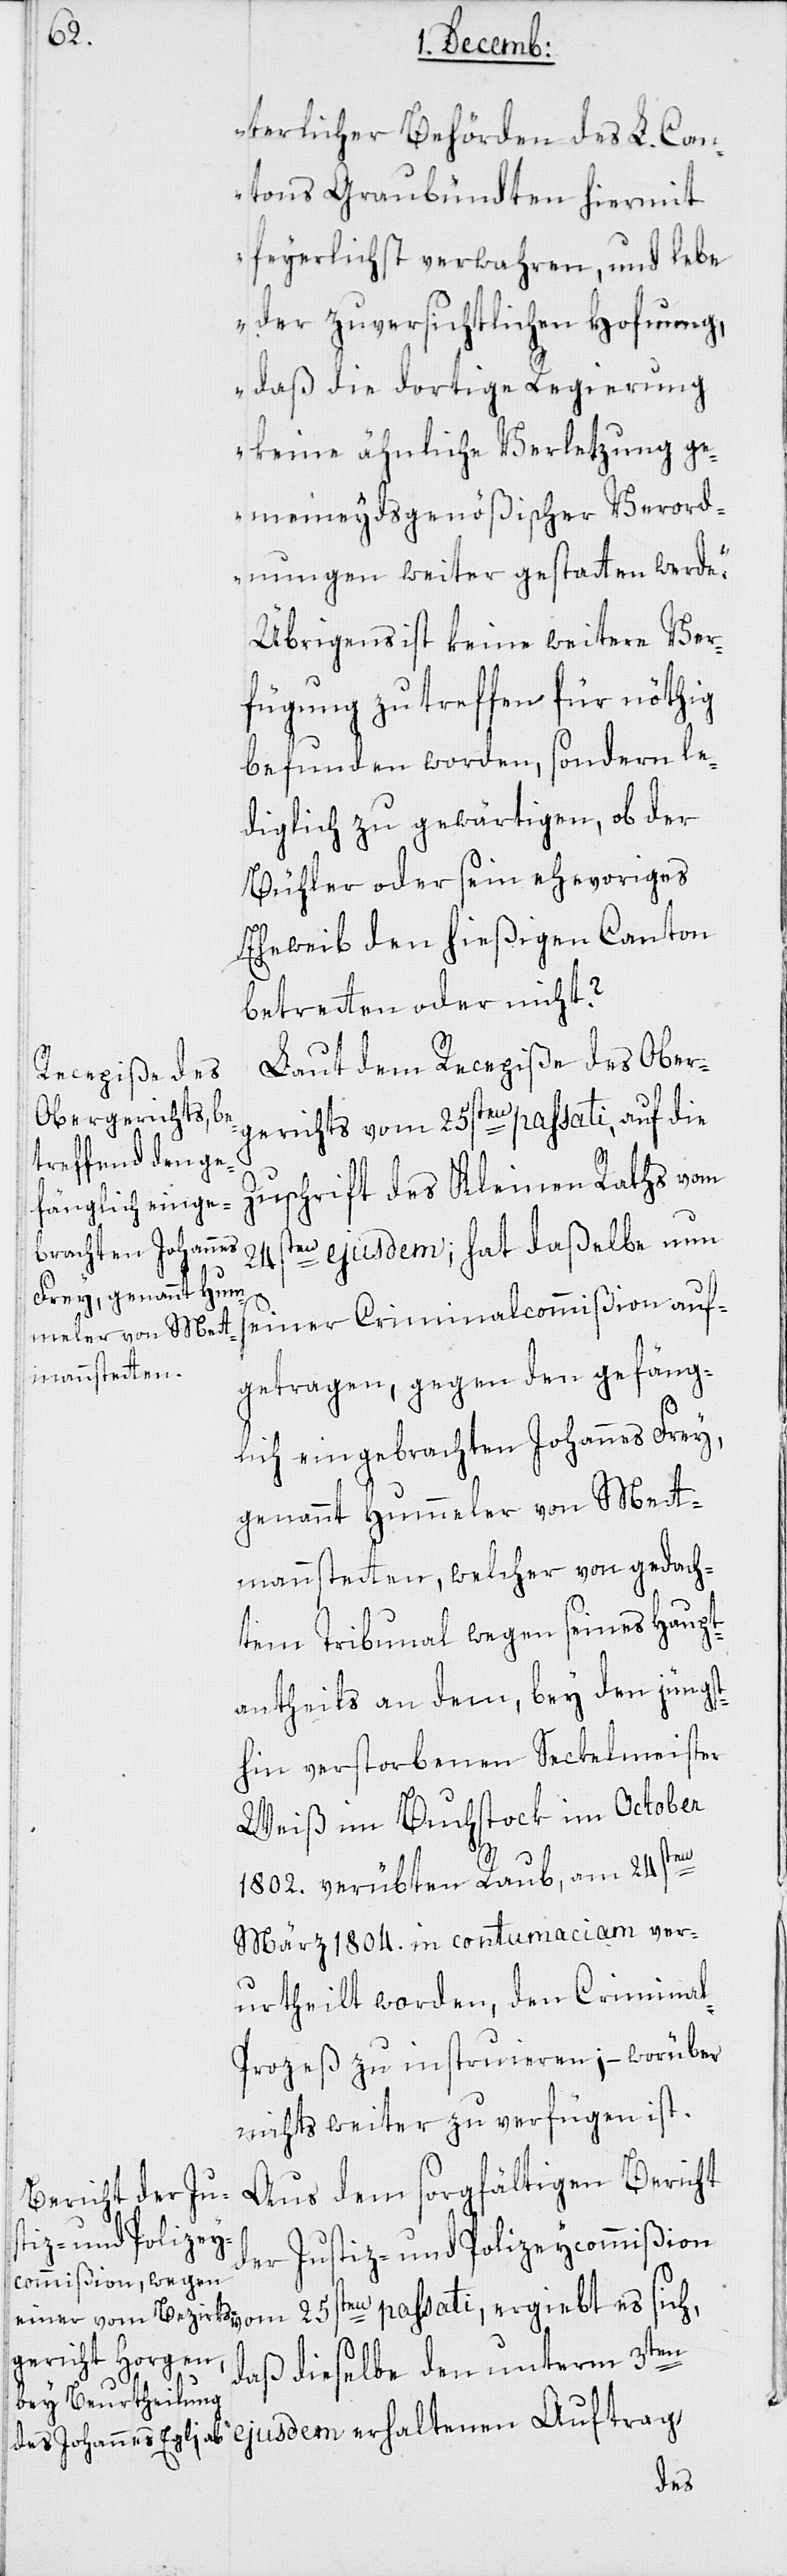
terlicher Behörden des L. Can¬
tons Graubündten hiermit
feyerlichst verwahren, und lebe
der zuversichtlichen Hofnung,
daß die dortige Regierung
keine ähnliche Verletzung ge¬
meineydsgenößischer Verord¬
nungen weiter gestatten werde.“
Übrigens ist keine weitere Ver¬
fügung zu treffen für nöthig
befunden worden, sondern le¬
diglich zu gewärtigen, ob der
Bühler oder sein ehevoriges
Eheweib den hießigen Canton
betretten oder nicht?
Laut dem Recepiße des Ober¬
gerichts vom 25sten passati, auf die
Zuschrift des Kleinen Raths vom
24sten ejusdem, hat daßelbe nun
seiner Criminalcommißion auf¬
getragen, gegen den gefäng¬
lich eingebrachten Johannes Frey,
genannt Hummeler von Mett¬
manstetten, welcher von gedach¬
tem Tribunal wegen seines Haupt¬
antheils an dem, bey dem jüngst¬
hin verstorbenen Seckelmeister
Weiß im Buchstock im October
1802. verübten Raub, am 24sten
März 1804. in contumaciam ver¬
urtheilt worden, den Crimina¬
l-Prozeß zu instruieren; – worüber
nichts weiter zu verfügen ist.
Aus dem sorgfältigen Bericht
der Justiz- und Polizeycommißion
daß dieselbe den unterm 3ten
es